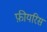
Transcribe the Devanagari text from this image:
फ़ीयरिस